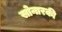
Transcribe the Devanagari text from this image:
सोनारकी